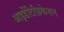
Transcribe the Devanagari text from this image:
आइडेंटिफ़िकेशन